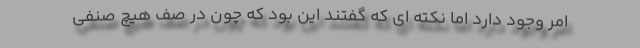
امر وجود دارد اما نکته ای که گفتند این بود که چون در صف هیچ صنفی